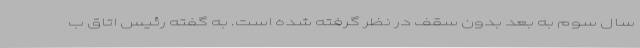
سال سوم به بعد بدون سقف در نظر گرفته شده است. به گفته رئیس اتاق ب